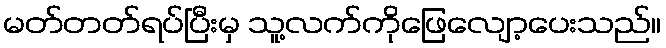
မတ်တတ်ရပ်ပြီးမှ သူ့လက်ကိုဖြေလျော့ပေးသည်။